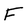
Character: F